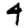
Digit: 4